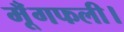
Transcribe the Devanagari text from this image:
मूँगफली।